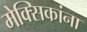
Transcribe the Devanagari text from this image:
मेक्सिकांना